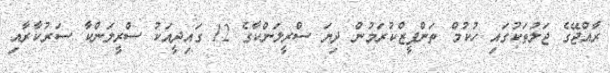
ރާއްޖޭގެ ޖަލުތަކުގައި ހުކުމް ތަންފީޒްކުރަމުން ދިޔަ ސްރީލަންކާގެ 12 ގައިދީއަކު ސްރީލަންކާ ސަރުކާރާއި